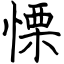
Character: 慄